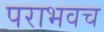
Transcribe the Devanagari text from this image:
पराभवच